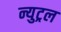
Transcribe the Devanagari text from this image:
न्युट्रल